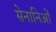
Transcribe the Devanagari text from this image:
सेनानिओं